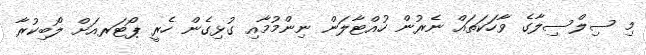
މި ސިލްސިލާގެ ވާހަކަތައް ނެރުން ހުއްޓާލަން ނިންމުމާއި ގުޅިގެން ހެރީ ޕޯޓަރއަށް ލޯބިކުރާ